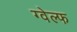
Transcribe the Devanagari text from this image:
ग्वेल्फ